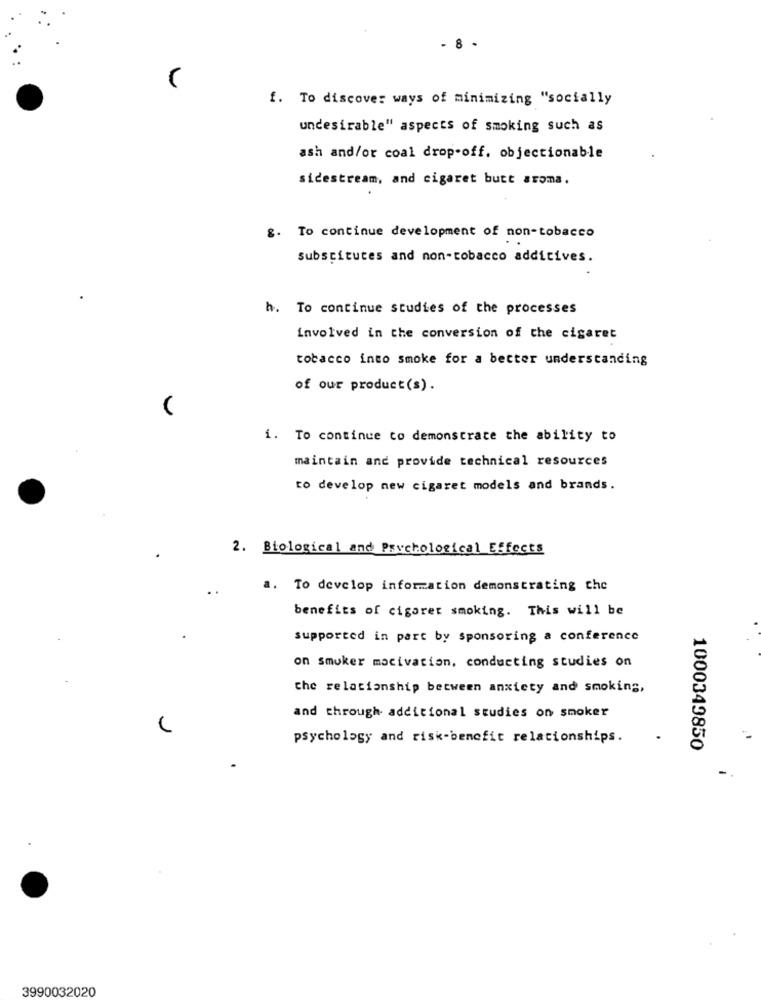
- 8 -
f. To discover ways of minimizing "socially
undesirable" aspects of smoking such as
ash and/or coal drop-off. objectionable
sicestream, and cigaret butt aroma.
g. To continue development of non-tobacco
substitutes and non-tobacco additives.
h. To continue studies of the processes
involved in the conversion of the cigaret
tobacco into smoke for a better understanding
of our product(s).
i. To continue to demonstrate the ability to
maintain and provide technical resources
to develop new cigaret models and brands.
2. Biological and Psychological Effects
a. To develop information demonstrating che
benefits of cigaret smoking. This will be
supported in part by sponsoring a conference
on Smoker mocivation, conducting studies on
the relationship between anxiety and smoking,
and through additional studies on smoker
psychology and risk-benefit relationships.
1000349850
3990032020